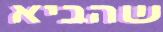
שהביא